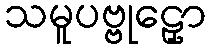
သမူပဗ္ဗုဠှော